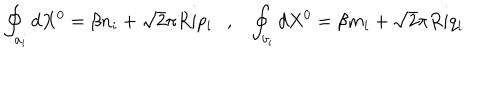
LaTeX: \oint _ { a _ { i } } d X ^ { 0 } = \beta n _ { i } + \sqrt { 2 } \pi R i p _ { i } , \oint _ { b _ { i } } d X ^ { 0 } = \beta m _ { i } + \sqrt { 2 } \pi R i q _ { i }